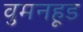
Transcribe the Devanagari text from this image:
वुमनहूड